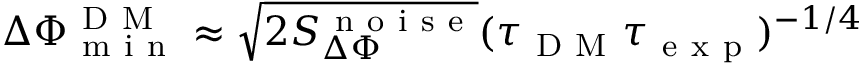
\Delta \Phi _ { \mathrm { ~ m ~ i ~ n ~ } } ^ { \mathrm { ~ D ~ M ~ } } \approx \sqrt { 2 S _ { \Delta \Phi } ^ { \mathrm { ~ n ~ o ~ i ~ s ~ e ~ } } } ( \tau _ { \mathrm { ~ D ~ M ~ } } \tau _ { \mathrm { ~ e ~ x ~ p ~ } } ) ^ { - 1 / 4 }